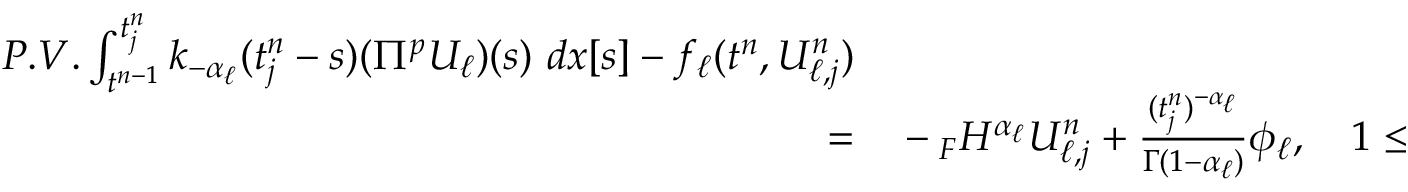
\begin{array} { r l } { P . V . \int _ { t ^ { n - 1 } } ^ { t _ { j } ^ { n } } k _ { - \alpha _ { \ell } } ( t _ { j } ^ { n } - s ) ( \Pi ^ { p } U _ { \ell } ) ( s ) \ d x [ s ] - f _ { \ell } ( t ^ { n } , U _ { \ell , j } ^ { n } ) } \\ { = } & { { } - { } _ { F } H ^ { \alpha _ { \ell } } U _ { \ell , j } ^ { n } + \frac { ( t _ { j } ^ { n } ) ^ { - \alpha _ { \ell } } } { \Gamma ( 1 - \alpha _ { \ell } ) } \phi _ { \ell } , \quad 1 \le j \le N , 1 \le \ell \le d . } \end{array}